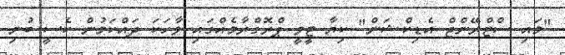
"މައި ސްޓްރޭންޖް އެޑިކްޝަން" ކިޔާ ޓީވީ ޕްރޮގްރާމެއްގައި ވާހަކަ ދައްކަމުން ކެސީ ބުނި